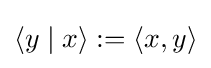
\langle y\mid x\rangle :=\langle x,y\rangle